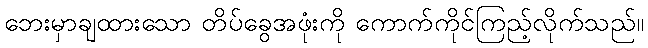
ဘေးမှာချထားသော တိပ်ခွေအဖုံးကို ကောက်ကိုင်ကြည့်လိုက်သည်။